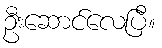
ဦးဆောင်လေပြီ။